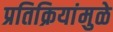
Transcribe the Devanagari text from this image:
प्रतिक्रियांमुळे